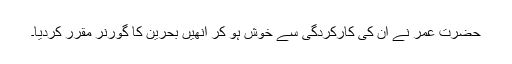
حضرت عمر نے ان کی کارکردگی سے خوش ہو کر انھیں بحرین کا گورنر مقرر کردیا۔